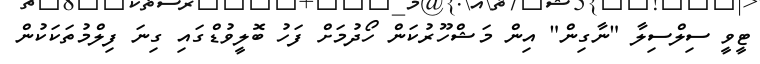
ޓީވީ ސިލްސިލާ "ނާގިން" އިން މަޝްހޫރުކަން ހޯދުމަށް ފަހު ބޮލީވުޑްގައި ގިނަ ފިލްމުތަކަކުން